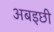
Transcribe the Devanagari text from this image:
अबइछी